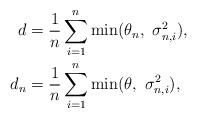
LaTeX: \begin{align*}d &= \frac{1}{n}\sum_{i=1}^n \min(\theta_n,~\sigma_{n,i}^2), \\d_n &= \frac{1}{n}\sum_{i=1}^n \min(\theta,~\sigma_{n,i}^2),\end{align*}